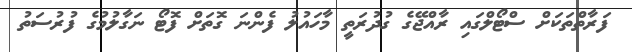
ފަރާތްތަކަށް ސްޓޯލްގައި ރާއްޖޭގެ ގުދުރަތީ މާހައުލު ފެންނަ ގޮތަށް ފޮޓޯ ނަގާލުމުގެ ފުރުސަތު